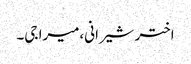
اختر شیرانی،میرا جی۔